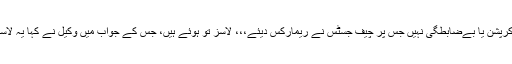
سعد رفیق کے وکیل نے کہا کہ آڈٹ پیراز میں کوئی کرپشن یا بےضابطگی نہیں جس پر چیف جسٹس نے ریمارکس دیئے،،، لاسز تو ہوئے ہیں، جس کے جواب میں وکیل نے کہا یہ لاسز نہیں بلکہ خسارہ ہے جو 65 سال سے چلتا آرہا ہے۔